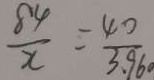
\frac { 8 4 } { x } = \frac { 4 0 } { 3 . 9 6 }